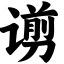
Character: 谫